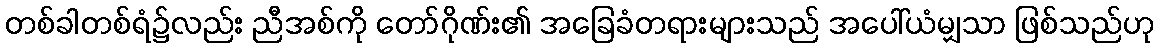
တစ်ခါတစ်ရံ၌လည်း ညီအစ်ကို တော်ဂိုဏ်း၏ အခြေခံတရားများသည် အပေါ်ယံမျှသာ ဖြစ်သည်ဟု